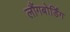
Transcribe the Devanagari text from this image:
लौंगबोर्डिंग